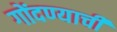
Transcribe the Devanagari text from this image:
गोंदण्याची